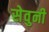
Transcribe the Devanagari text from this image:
सेवुनी